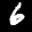
Label: 6